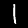
Digit: 1